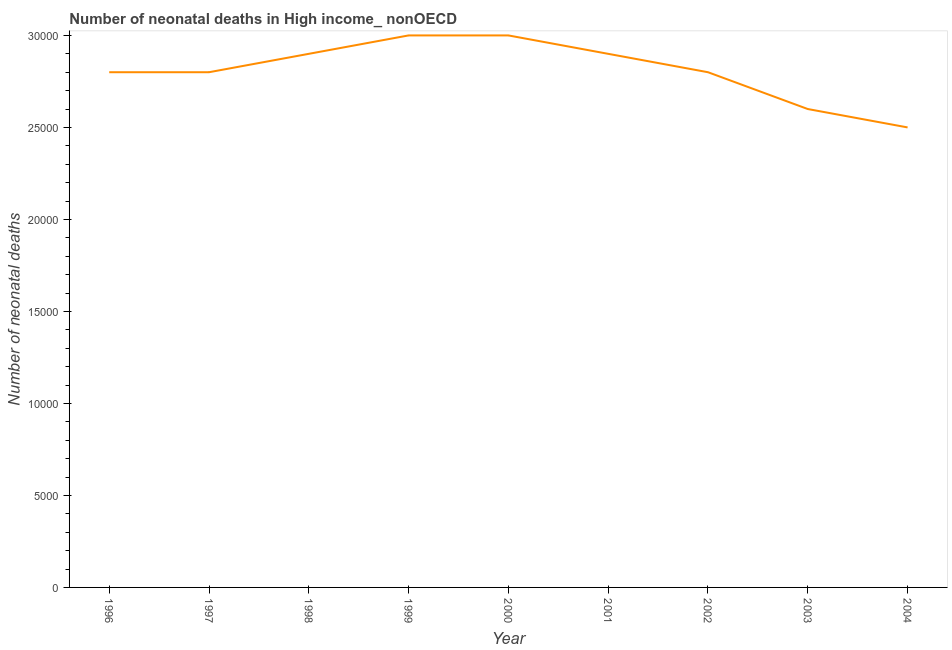
| Year | Neonatal deaths |
 | --- | --- |
 | 1996 | 2.8e+04 |
 | 1997 | 2.8e+04 |
 | 1998 | 2.9e+04 |
 | 1999 | 3e+04 |
 | 2000 | 3e+04 |
 | 2001 | 2.9e+04 |
 | 2002 | 2.8e+04 |
 | 2003 | 2.6e+04 |
 | 2004 | 2.5e+04 |